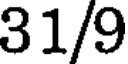
31/9